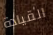
القيادة